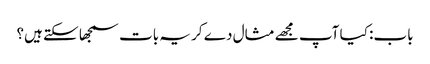
باب: کیا آپ مجھے مثال دے کر یہ بات سمجھا سکتے ہیں؟